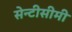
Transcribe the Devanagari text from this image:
सेन्टीसीमी